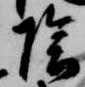
陰